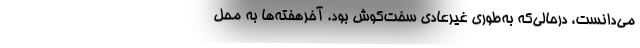
می‌دانست، درحالی‌که به‌طوری غیرعادی سخت‌کوش بود. آخرهفته‌ها به محل